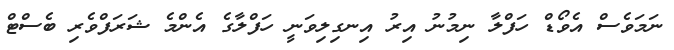
ނަމަވެސް އެވޯޑް ހަފްލާ ނިމުނު އިރު އިނގިލިވަނީ ހަފްލާގެ އެންމެ ޝަރަފްވެރި ބެސްޓް